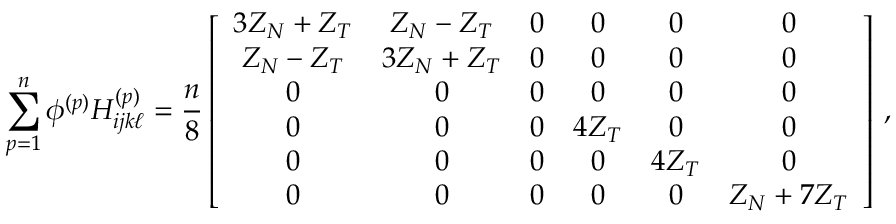
\sum _ { p = 1 } ^ { n } \phi ^ { ( p ) } H _ { i j k \ell } ^ { ( p ) } = \frac { n } { 8 } \left[ \begin{array} { c c c c c c } { 3 Z _ { N } + Z _ { T } } & { Z _ { N } - Z _ { T } } & { 0 } & { 0 } & { 0 } & { 0 } \\ { Z _ { N } - Z _ { T } } & { 3 Z _ { N } + Z _ { T } } & { 0 } & { 0 } & { 0 } & { 0 } \\ { 0 } & { 0 } & { 0 } & { 0 } & { 0 } & { 0 } \\ { 0 } & { 0 } & { 0 } & { 4 Z _ { T } } & { 0 } & { 0 } \\ { 0 } & { 0 } & { 0 } & { 0 } & { 4 Z _ { T } } & { 0 } \\ { 0 } & { 0 } & { 0 } & { 0 } & { 0 } & { Z _ { N } + 7 Z _ { T } } \end{array} \right] \, ,